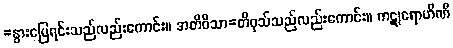
=နွားမြေရင်းသည်လည်းကောင်း။ အတိဝိသာ=တိဝုသ်သည်လည်းကောင်း။ ကဋုရောဟိဏီ